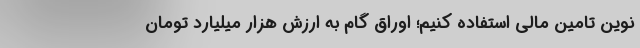
نوین تامین مالی استفاده کنیم؛ اوراق گام به ارزش هزار میلیارد تومان